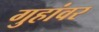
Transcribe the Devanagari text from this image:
गुहांवर